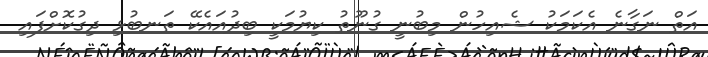
އަތް ނަގާނެ އެކަމަކު ޝެއިހުން މިބުނީ ގުނޫތު ކިޔުމަކީ ބިދުއައެކޭ ތަނބުޅި ދިގުކޮށްފައި